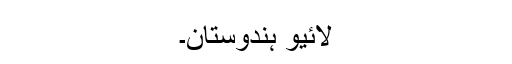
لائیو ہندوستان۔